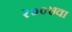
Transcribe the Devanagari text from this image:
२००७वा